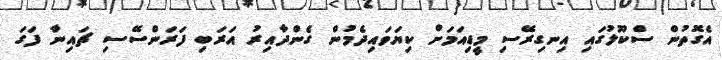
އެގޮތުން ސްކޫލުގައި އިނގިރޭސި މީޑިއަމަށް ކިޔަވައިދެމުން ގެންދާއިރު އަރަބި ފަރަންސޭސި ޗައިނާ ފަގަ